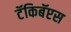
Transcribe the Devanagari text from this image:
टॅकिबॅप्टस